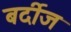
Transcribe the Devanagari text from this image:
बर्दीज